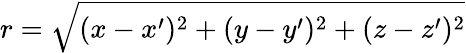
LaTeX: r=\sqrt{(x-x^{\prime})^{2}+(y-y^{\prime})^{2}+(z-z^{\prime})^{2}}